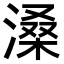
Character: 𪶽